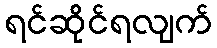
ရင်ဆိုင်ရလျက်